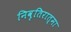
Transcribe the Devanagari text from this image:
निवृतिरात्मा